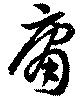
庸